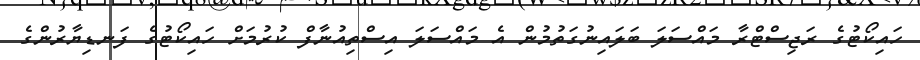
ހައިކޯޓުގެ ރަޖިސްޓްރާ މައްސަލަ ބަލައިނުގަތުމުން އެ މައްސަލަ އިސްތިއުނާފް ކުރުމަށް ހައިކޯޓުގެ ފަނޑިޔާރުންގެ